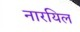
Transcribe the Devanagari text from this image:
नारयिल